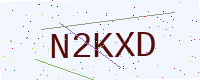
Text: N2KXD